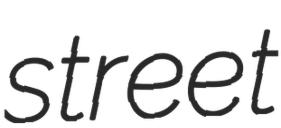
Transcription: street